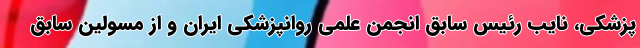
پزشکی، نایب رئیس سابق انجمن علمی روانپزشکی ایران و از مسولین سابق